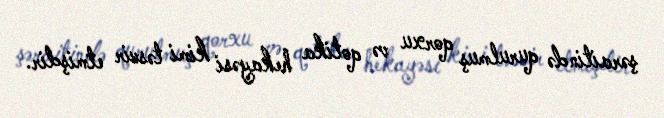
şəraitində qurulmuş qorxu və qotika hekayəsi kimi təsvir etmişdir.